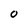
Character: O